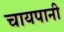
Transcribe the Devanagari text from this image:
चायपानी